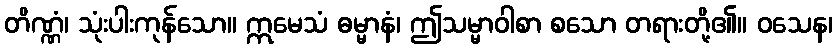
တိဏ္ဏံ၊ သုံးပါးကုန်သော။ ဣမေသံ ဓမ္မာနံ၊ ဤသမ္မာဝါစာ စသော တရားတို့၏။ ဝသေန၊